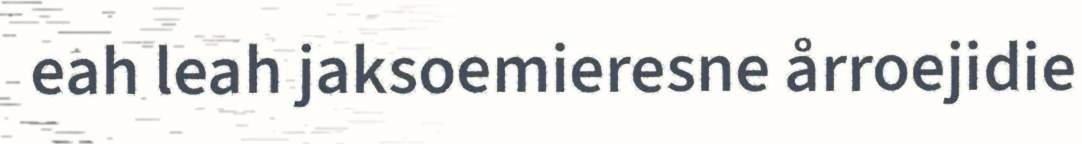
eah leah jaksoemieresne årroejidie